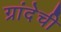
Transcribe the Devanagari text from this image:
ग्रांदेची